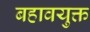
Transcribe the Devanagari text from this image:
बहावयुक्त